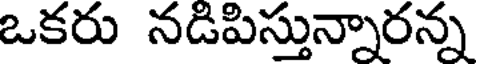
ఒకరు నడిపిస్తున్నారన్న